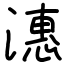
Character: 潓